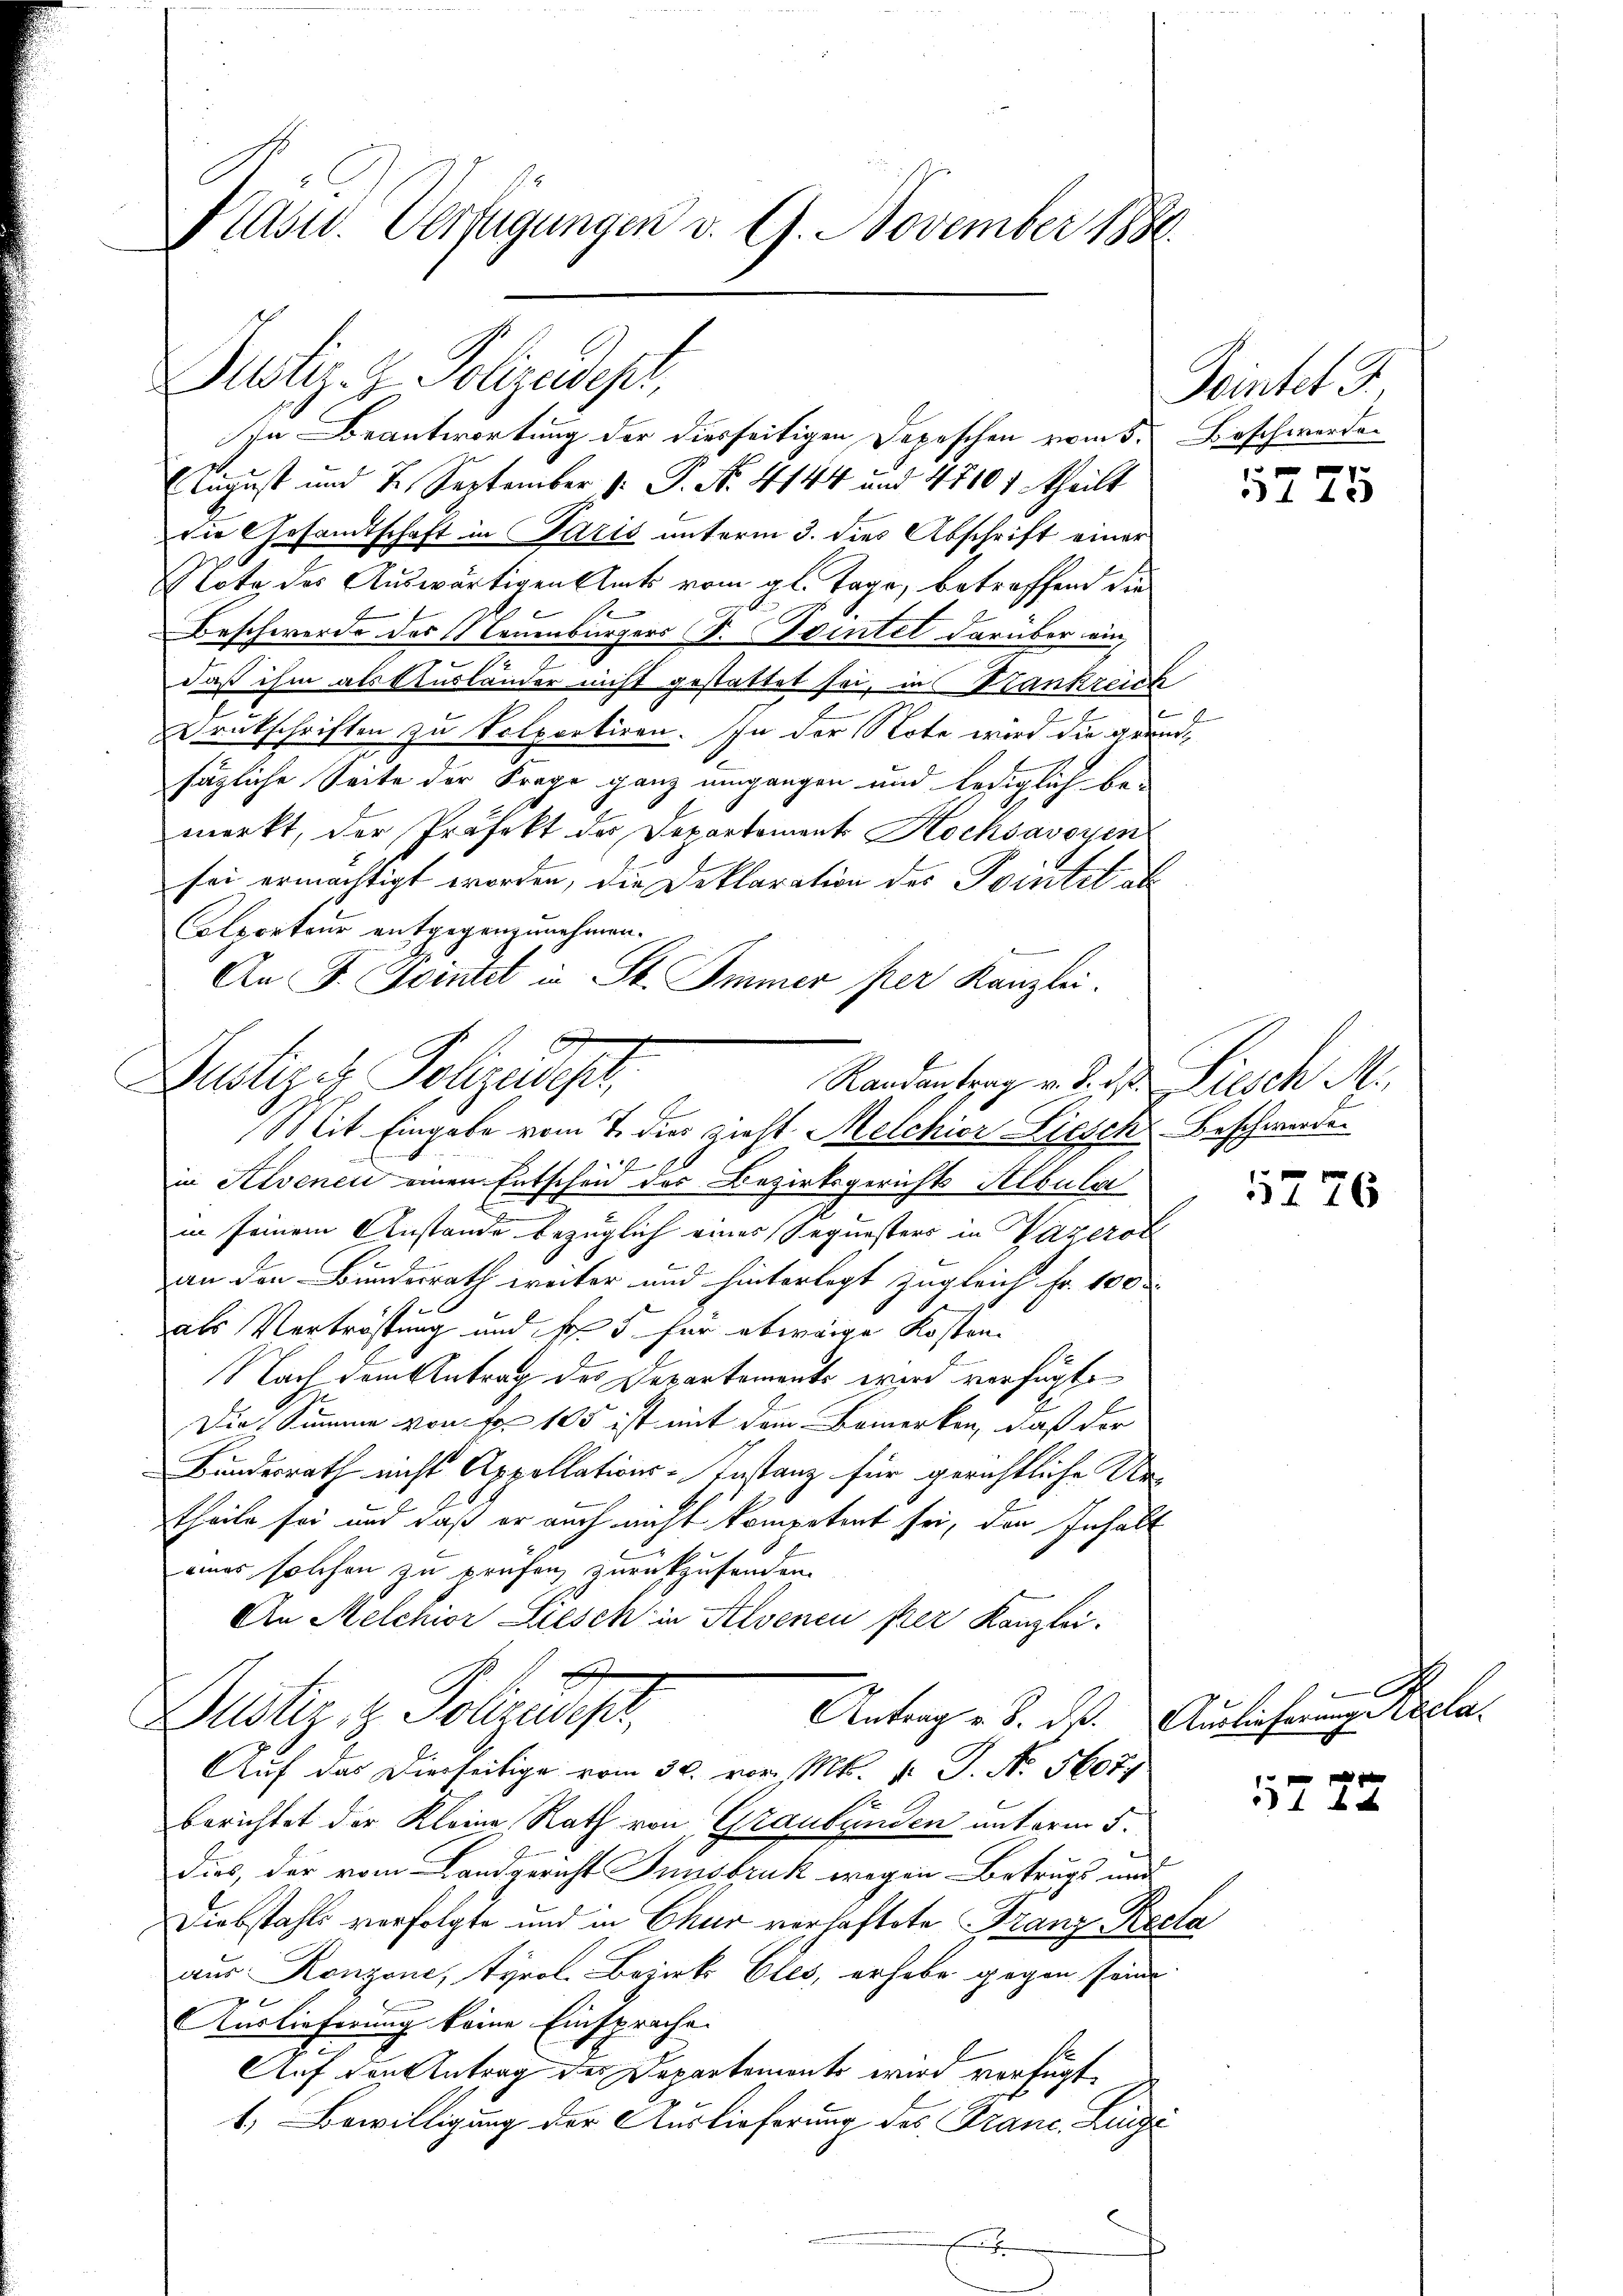
Plast. Verfügungen d. 9. November 1886.

Justiz- & Polizeidepr

(August und 2. September v. P. Nr. 4144 und 4710 f theilt
die Gesandtschaft in Paris unterm 3. dies Abschrift einer
Nota des Auswärtigen Amts vom gl. Tage, betreffend die
Beschwerde des Leuenburgers Dr. Seitet darüber ein
daß ihm als Ausländer nicht gestattet sei, in Stankreich
Drückschriften zu Volportiren. In der Note wird die grundsätzliche Seite der Frage ganz umgangen und lediglich be-
merkt, der Präfekt der Departement Hochsavoyen
sei ermächtigt worden, die Deklaration des Portet ab
Colporteur entgegenzunehmen.
An F. Fortet in St. Immer per Kanzlei.

Zustiges Schzudier
Randantrag v. d. d. Liesch Mi
Mit Eingabe vom 7. dies zieht Melchior Liesch Beschwerde

In Beantwortung der diesseitigen Depeschen vom 5. Beschwerde

Teintel d

2
in Revenen einen Entschen des Bezirksgerichts Albula
in seinem Anstande bezüglich eines Sequesters in Vazerol
6
an den Bundesrath weiter und hinterlegt zugleich Fr. 100
als Vertröstung und fol. 5. für etwaige Kosten¬
Nach dem Antrag des Departements wird verfügte
Die Summe von Fr. 105 ist mit dem Bemerken, daß der
Bundesrath nicht Appellations-Instanz für gerichtliche Uetheile sei und daß er auch nicht kompetent sei, den Inhalt
eines solchen zu prüfen zurückzusenden.
An Melchior Liesch in Alvenen per Kanzlei.
I
Antrag v. 8. ds. Auslieferungsrecla¬
Justiz, z. Polizusehr,
Auf das Dierseitige vom 30. vor M. v. J. N. 5607.
berichtet der Kleine Rath von Graubünden unterm 5.
dies, der vom Landgericht Innsbruk wegen Betrugs und
Diebstahls verfolgte und in Chur verhaftete Franz-Recla
aus Ronzona, tyrol. Bezirks Cles, erhabe gegen seine
Auslieferung keine Einsprache
Auf den Antrag der Departements wird verfügt
1. Bewilligung der Auslieferung des Franc, Luze
x

5775

1776

x

1222